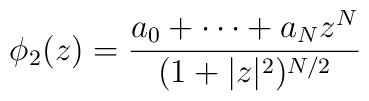
\phi_2 (z) = \frac{a_0 + \cdots + a_N z^N}{(1+|z|^2)^{N/2}}